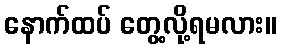
နောက်ထပ် တွေ့လို့ရမလား။